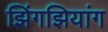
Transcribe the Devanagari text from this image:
झिंगझियांग